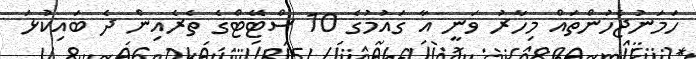
ހަމަނުޖެހުންތައް މިހާރު ވަނީ އާ ގައުމުގެ 10 ސްޓޭޓްގެ ތެރެއިން ދެ ބައިކުޅަ